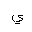
Letter: _ya